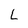
Character: L